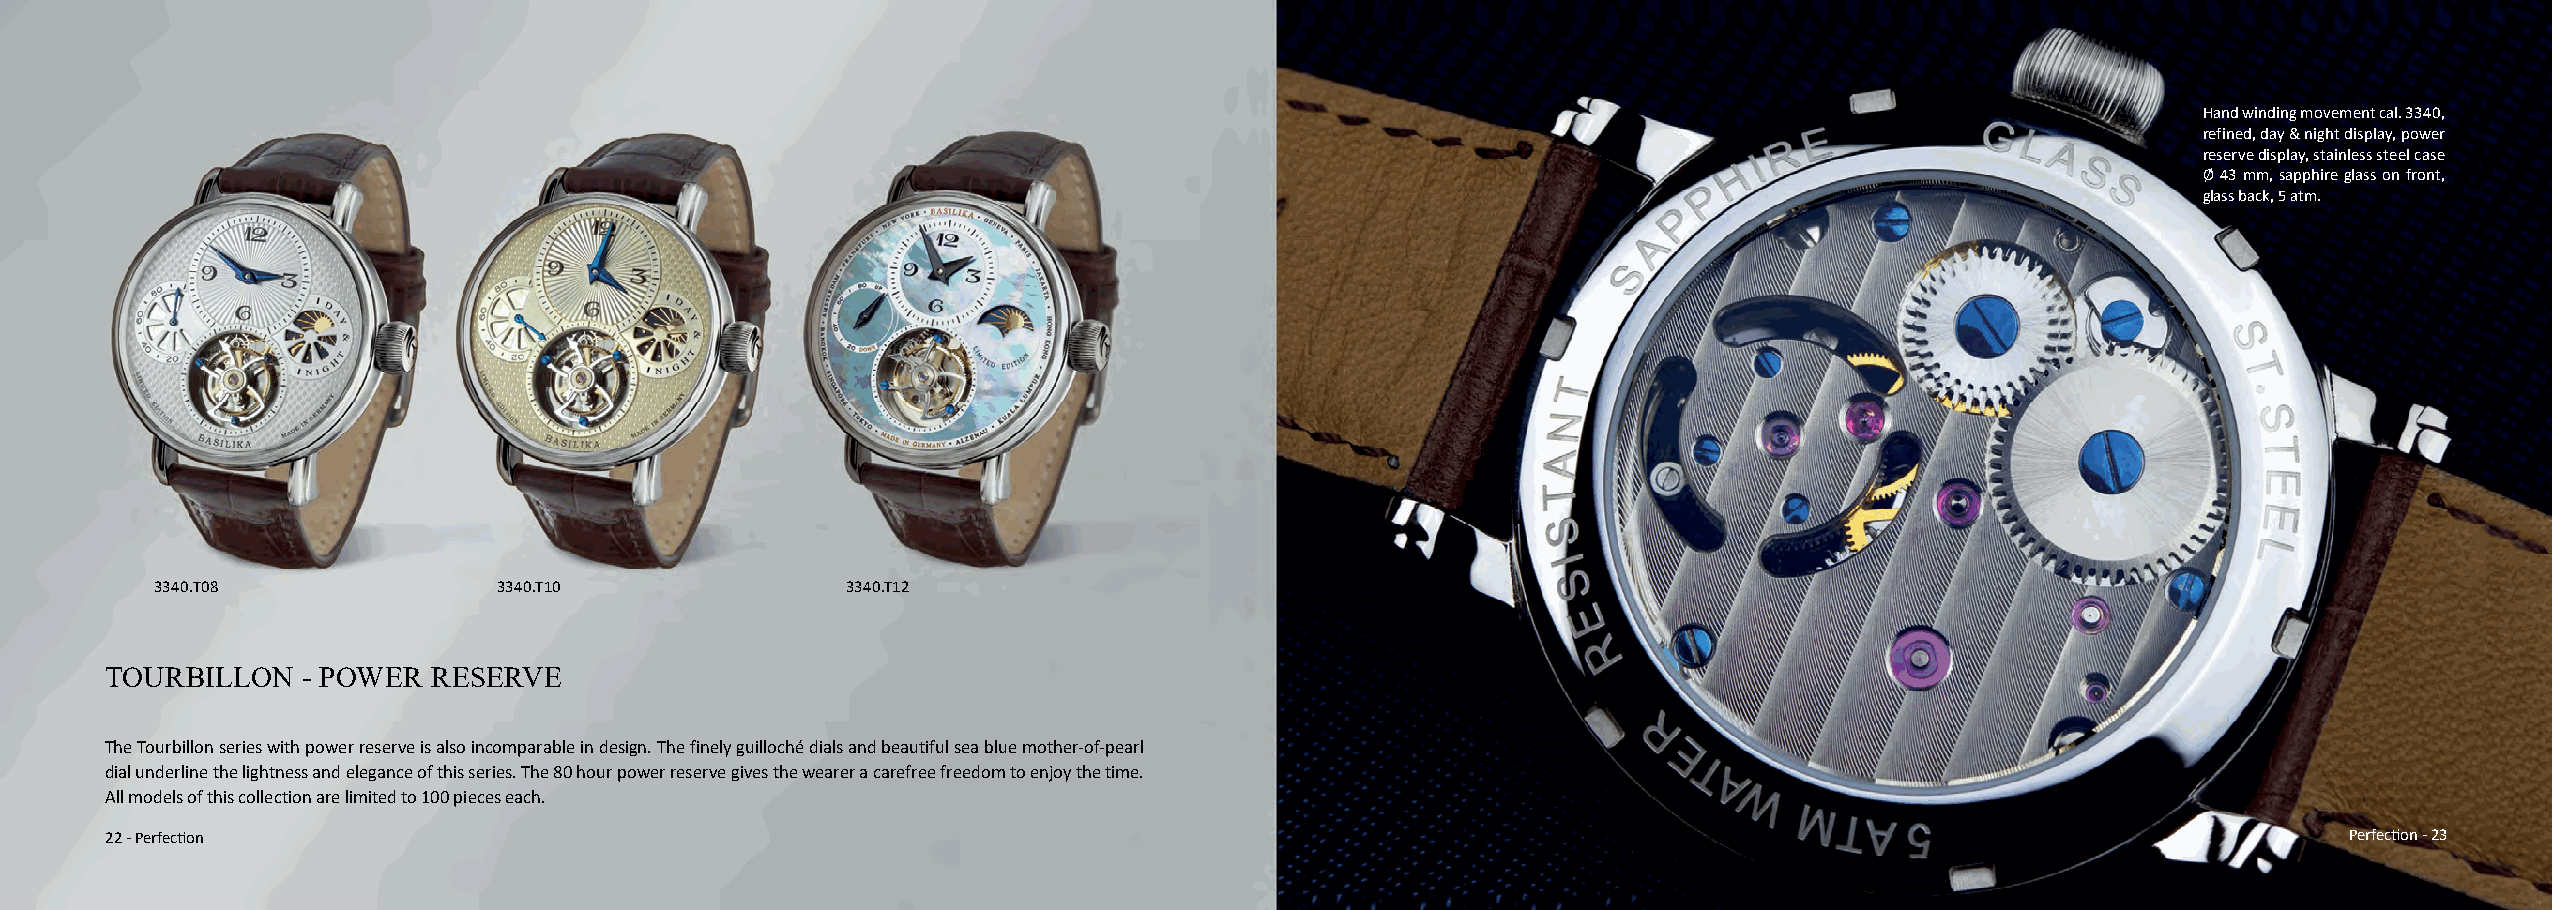
Hand winding movement cal. 3340,
 refined, day & night display, power
 reserve display, stainless steel case
 Ø 43 mm, sapphire glass on front,
 glass back, 5 atm.
 3340.T08               3340.T10               3340.T12
 TOURBILLON   - POWER  RESERVE
 The Tourbillon series with power reserve is also incomparable in design. The finely guilloché dials and beautiful sea blue mother-of-pearl
 dial underline the lightness and elegance of this series. The 80 hour power reserve gives the wearer a carefree freedom to enjoy the time.
 All models of this collection are limited to 100 pieces each.
 22 - Perfection                                                                                                                                     Perfection - 23